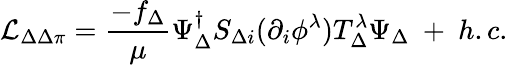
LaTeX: {\cal L}_{\Delta\Delta\pi}=\frac{-f_{\Delta}}{\mu}\Psi_{\Delta}^{\dagger}S_{\Delta i}(\partial_{i}\phi^{\lambda})T_{\Delta}^{\lambda}\Psi_{\Delta}\ +\ h.c.